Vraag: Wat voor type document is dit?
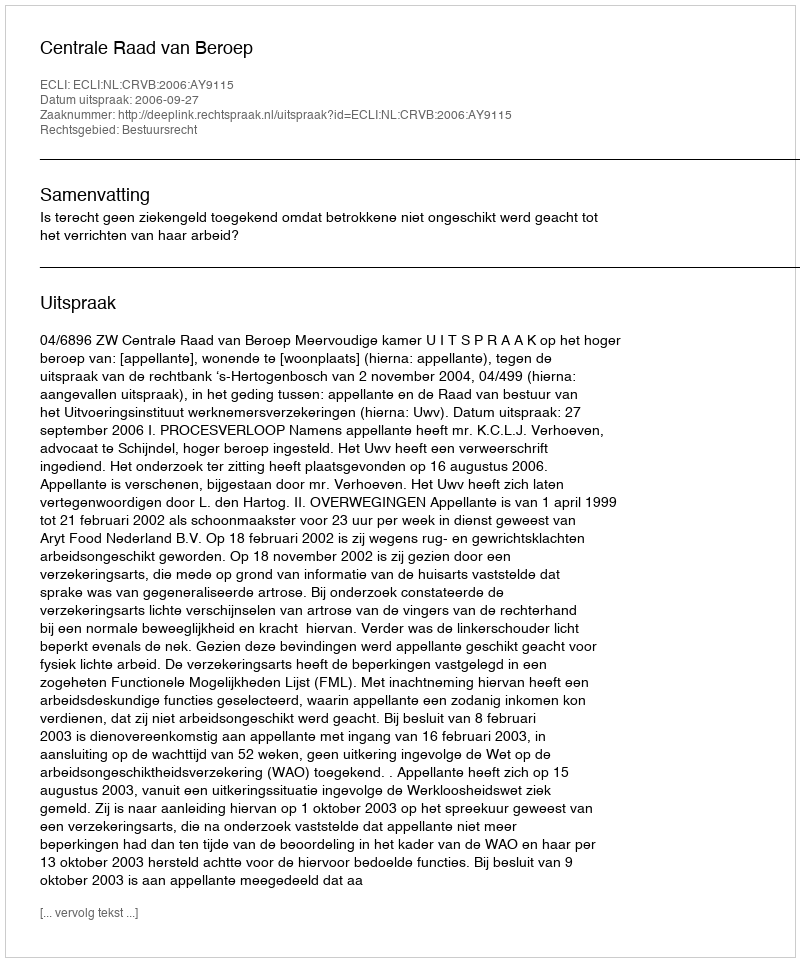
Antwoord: Uitspraak